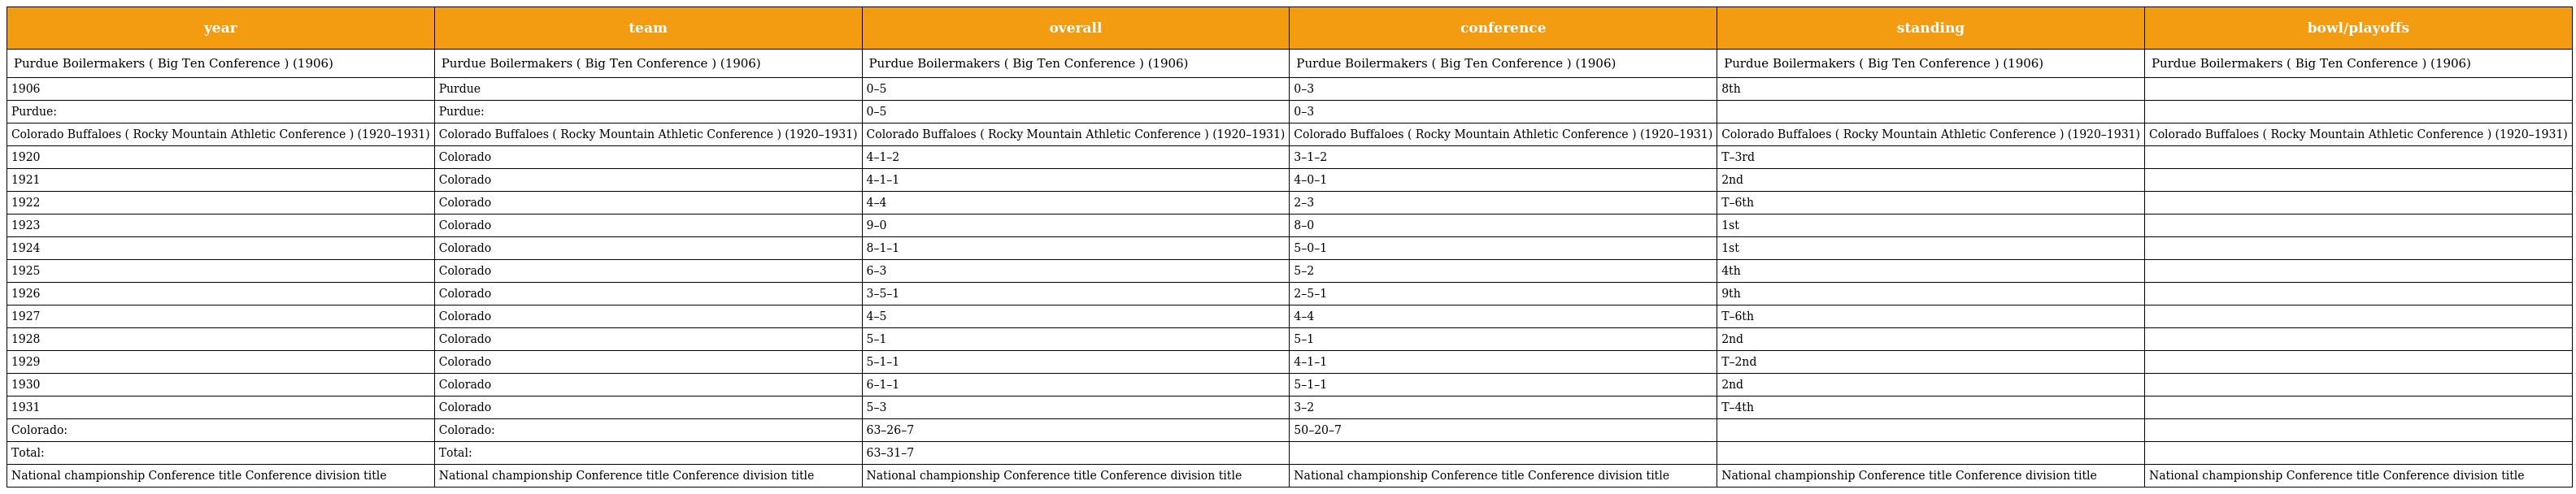
| year | team | overall | conference | standing | bowl/playoffs |
 | --- | --- | --- | --- | --- | --- |
 | Purdue Boilermakers ( Big Ten Conference ) (1906) | Purdue Boilermakers ( Big Ten Conference ) (1906) | Purdue Boilermakers ( Big Ten Conference ) (1906) | Purdue Boilermakers ( Big Ten Conference ) (1906) | Purdue Boilermakers ( Big Ten Conference ) (1906) | Purdue Boilermakers ( Big Ten Conference ) (1906) |
 | 1906 | Purdue | 0–5 | 0–3 | 8th |  |
 | Purdue: | Purdue: | 0–5 | 0–3 |  |  |
 | Colorado Buffaloes ( Rocky Mountain Athletic Conference ) (1920–1931) | Colorado Buffaloes ( Rocky Mountain Athletic Conference ) (1920–1931) | Colorado Buffaloes ( Rocky Mountain Athletic Conference ) (1920–1931) | Colorado Buffaloes ( Rocky Mountain Athletic Conference ) (1920–1931) | Colorado Buffaloes ( Rocky Mountain Athletic Conference ) (1920–1931) | Colorado Buffaloes ( Rocky Mountain Athletic Conference ) (1920–1931) |
 | 1920 | Colorado | 4–1–2 | 3–1–2 | T–3rd |  |
 | 1921 | Colorado | 4–1–1 | 4–0–1 | 2nd |  |
 | 1922 | Colorado | 4–4 | 2–3 | T–6th |  |
 | 1923 | Colorado | 9–0 | 8–0 | 1st |  |
 | 1924 | Colorado | 8–1–1 | 5–0–1 | 1st |  |
 | 1925 | Colorado | 6–3 | 5–2 | 4th |  |
 | 1926 | Colorado | 3–5–1 | 2–5–1 | 9th |  |
 | 1927 | Colorado | 4–5 | 4–4 | T–6th |  |
 | 1928 | Colorado | 5–1 | 5–1 | 2nd |  |
 | 1929 | Colorado | 5–1–1 | 4–1–1 | T–2nd |  |
 | 1930 | Colorado | 6–1–1 | 5–1–1 | 2nd |  |
 | 1931 | Colorado | 5–3 | 3–2 | T–4th |  |
 | Colorado: | Colorado: | 63–26–7 | 50–20–7 |  |  |
 | Total: | Total: | 63–31–7 |  |  |  |
 | National championship Conference title Conference division title | National championship Conference title Conference division title | National championship Conference title Conference division title | National championship Conference title Conference division title | National championship Conference title Conference division title | National championship Conference title Conference division title |